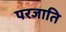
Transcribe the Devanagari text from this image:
परजाति